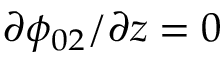
\partial \phi _ { 0 2 } / \partial z = 0